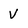
Character: v